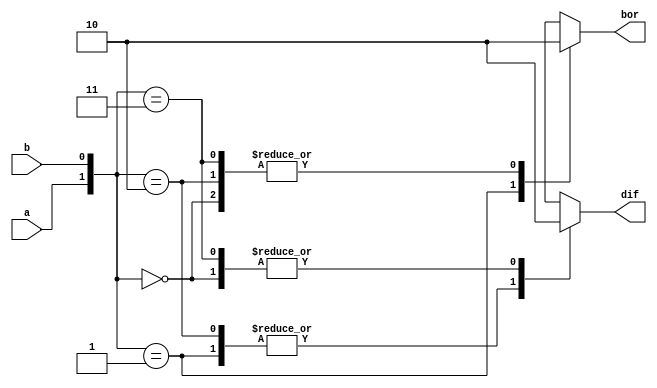
`timescale 1ns / 1ps
//////////////////////////////////////////////////////////////////////////////////
// Company: 
// Engineer: 
// 
// Design Name: 
// Module Name: halfsubbehavioral
// Project Name: 
// Target Devices: 
// Tool Versions: 
// Description: 
// 
// Dependencies: 
// 
// Revision:
// Revision 0.01 - File Created
// Additional Comments:
// 
//////////////////////////////////////////////////////////////////////////////////

/*BEHAVIORAL MODEL OF HALF SUBSTRACTOR*/
module halfsubbehavioral(a,b,dif,bor);
input a,b;
output reg dif,bor;
always @(*)
     begin
     case ({a,b})
     2'b00: dif=0;
     2'b01: dif=1;
     2'b10: dif=1;
     2'b11: dif=0;
     default: dif=0;
     endcase
     
     case({a,b})
     2'b00: bor=0;
     2'b01: bor=1;
     2'b10: bor=0;
     2'b11: bor=0;
     default: bor=0;
     endcase
     end
 endmodule